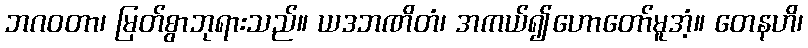
ဘဂဝတာ၊ မြတ်စွာဘုရားသည်။ ယဒဘဏိတံ၊ အကယ်၍ဟောတော်မူအံ့။ တေနဟိ၊